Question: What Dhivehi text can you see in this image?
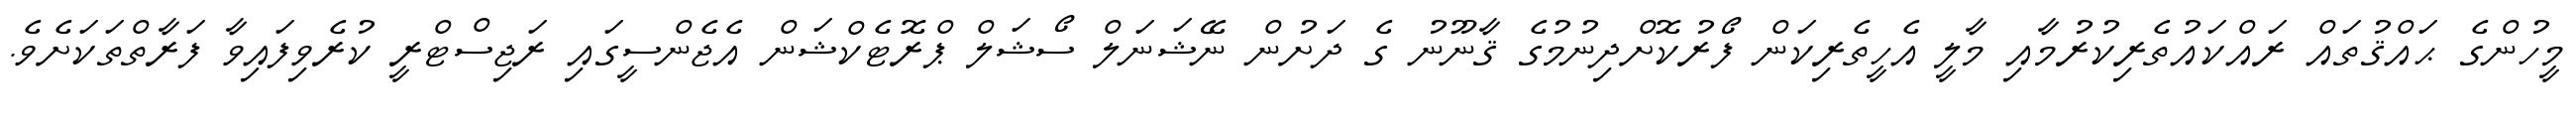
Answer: މީހުންގެ ޙައްޤުތައް ރައްކައުތެރިކުރުމާއި މާލީ އެހީތެރިކަން ފޯރުކޮށްދިނުމުގެ ޤާނޫނު ގެ ދަށުން ނޭޝަނަލް ސޯޝަލް ޕްރޮޓެކްޝަން އެޖެންސީގައި ރަޖިސްޓްރީ ކުރެވިފައިވާ ފަރާތްތަކަށެވެ.